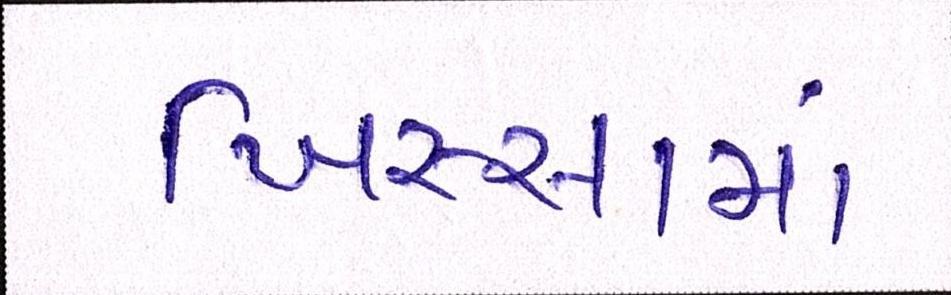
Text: ખિસ્સામાં